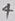
Text: 4